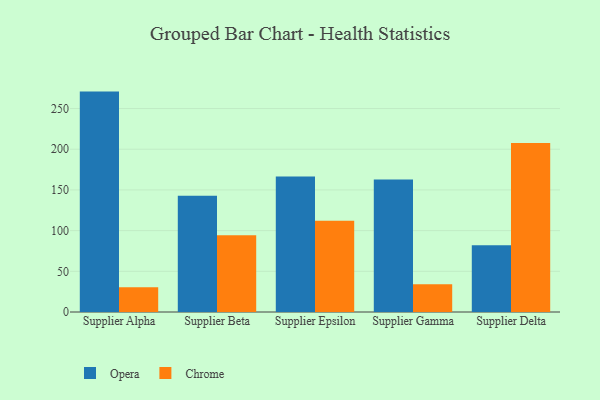
{"axis": {"x": "Supplier", "y": "Population (Million)"}, "legend": ["Chrome", "Opera"], "data": [{"x": "Supplier Alpha", "y": 270.8, "type": "Opera"}, {"x": "Supplier Alpha", "y": 30.4, "type": "Chrome"}, {"x": "Supplier Beta", "y": 142.8, "type": "Opera"}, {"x": "Supplier Beta", "y": 94.4, "type": "Chrome"}, {"x": "Supplier Epsilon", "y": 166.5, "type": "Opera"}, {"x": "Supplier Epsilon", "y": 112.2, "type": "Chrome"}, {"x": "Supplier Gamma", "y": 162.8, "type": "Opera"}, {"x": "Supplier Gamma", "y": 34.0, "type": "Chrome"}, {"x": "Supplier Delta", "y": 82.0, "type": "Opera"}, {"x": "Supplier Delta", "y": 207.6, "type": "Chrome"}]}